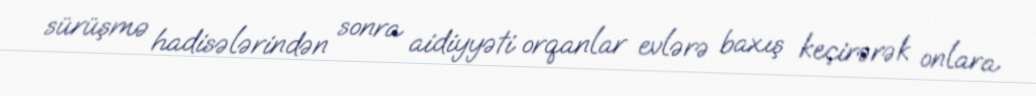
sürüşmə hadisələrindən sonra aidiyyəti orqanlar evlərə baxış keçirərək onlara